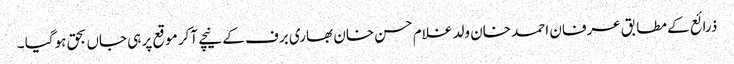
ذرائع کے مطابق عرفان احمد خان ولد غلام حسن خان بھاری برف کے نیچے آکر موقع پر ہی جاں بحق ہوگیا ۔